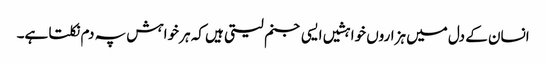
انسان کے دل میں ہزاروں خواہشیں ایسی جنم لیتی ہیں کہ ہر خواہش پہ دم نکلتا ہے۔